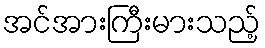
အင်အားကြီးမားသည့်